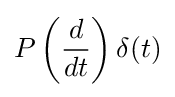
P\left({\frac {d}{dt}}\right)\delta (t)